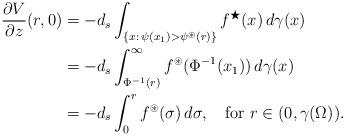
LaTeX: \begin{align*}\frac{\partial V}{\partial z}(r,0) & =-d_s\int_{\{x:\,\psi(x_{1})>\psi^{\circledast}(r)\}}f^{\bigstar}(x)\, d\gamma(x)\\& =-d_s\int_{\Phi^{-1}(r)}^{\infty}f^{\circledast}(\Phi^{-1}(x_{1}))\, d\gamma(x)\\& =-d_s\int_{0}^{r}f^{\circledast}(\sigma)\,d\sigma,\quad\hbox{for}~r\in(0,\gamma(\Omega)).\end{align*}